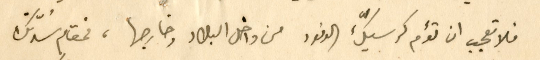
فلا تعجب ان تؤم كرسيك الوفود من داخل البلاد وخارجها، فمقام سُدّتكْ